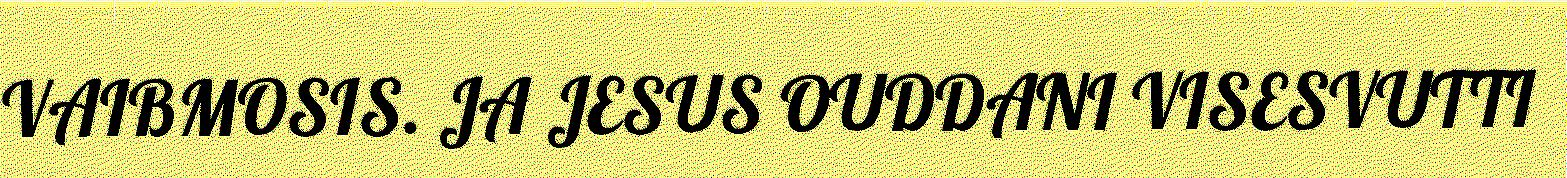
VAIBMOSIS. JA JESUS OUDDANI VISESVUTTI